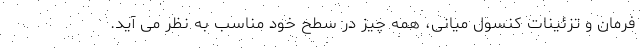
فرمان و تزئینات کنسول میانی، همه چیز در سطح خود مناسب به نظر می آید.